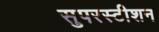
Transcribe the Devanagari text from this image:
सुपरस्टीशन